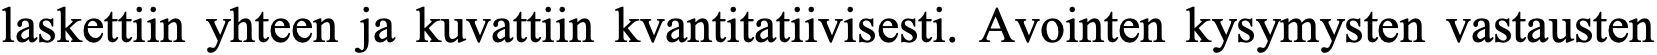
laskettiin yhteen ja kuvattiin kvantitatiivisesti. Avointen kysymysten vastausten